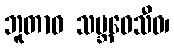
ဘူတာဝ သမ္ဘဝေသီဝ၊